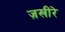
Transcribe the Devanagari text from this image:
ज़खीरे